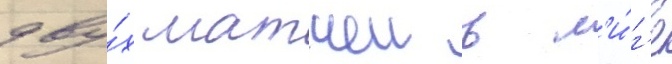
дву́х матчеи в л'и́г'е